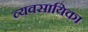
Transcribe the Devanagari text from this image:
व्यवसायिका